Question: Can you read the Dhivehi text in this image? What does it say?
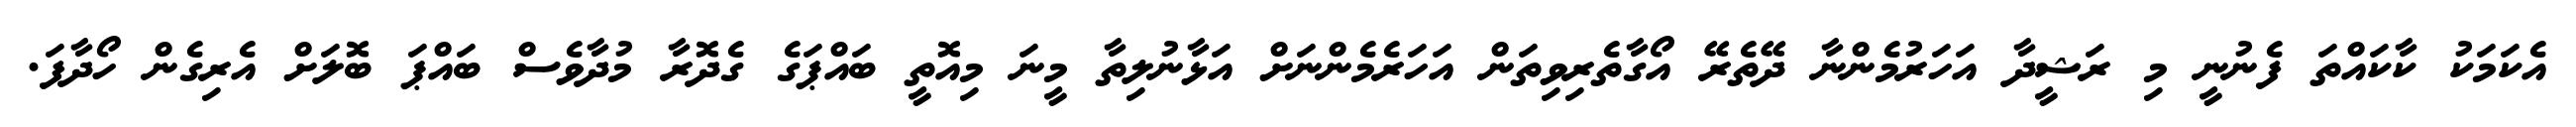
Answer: އެކަމަކު ކާކައްތަ ފެނުނީ މި ރަޝީދާ އަހަރުމެންނާ ދޭތެރޭ އޯގާތެރިވިތަން އަހަރެމެންނަށް އަޅާނުލިތާ މީނަ މިއޮތީ ބައްޕަގެ ގެދޮރާ މުދާވެސް ބައްޕަ ބޮލަށް އެރިގެން ހޯދާފަ.